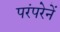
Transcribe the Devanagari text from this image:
परंपरेनें